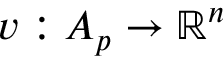
v : A _ { p } \to \mathbb { R } ^ { n }